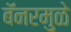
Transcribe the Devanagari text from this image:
बॅनरमुळे